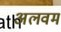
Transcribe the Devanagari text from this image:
अलवम